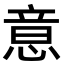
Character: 意